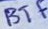
Text: BTF